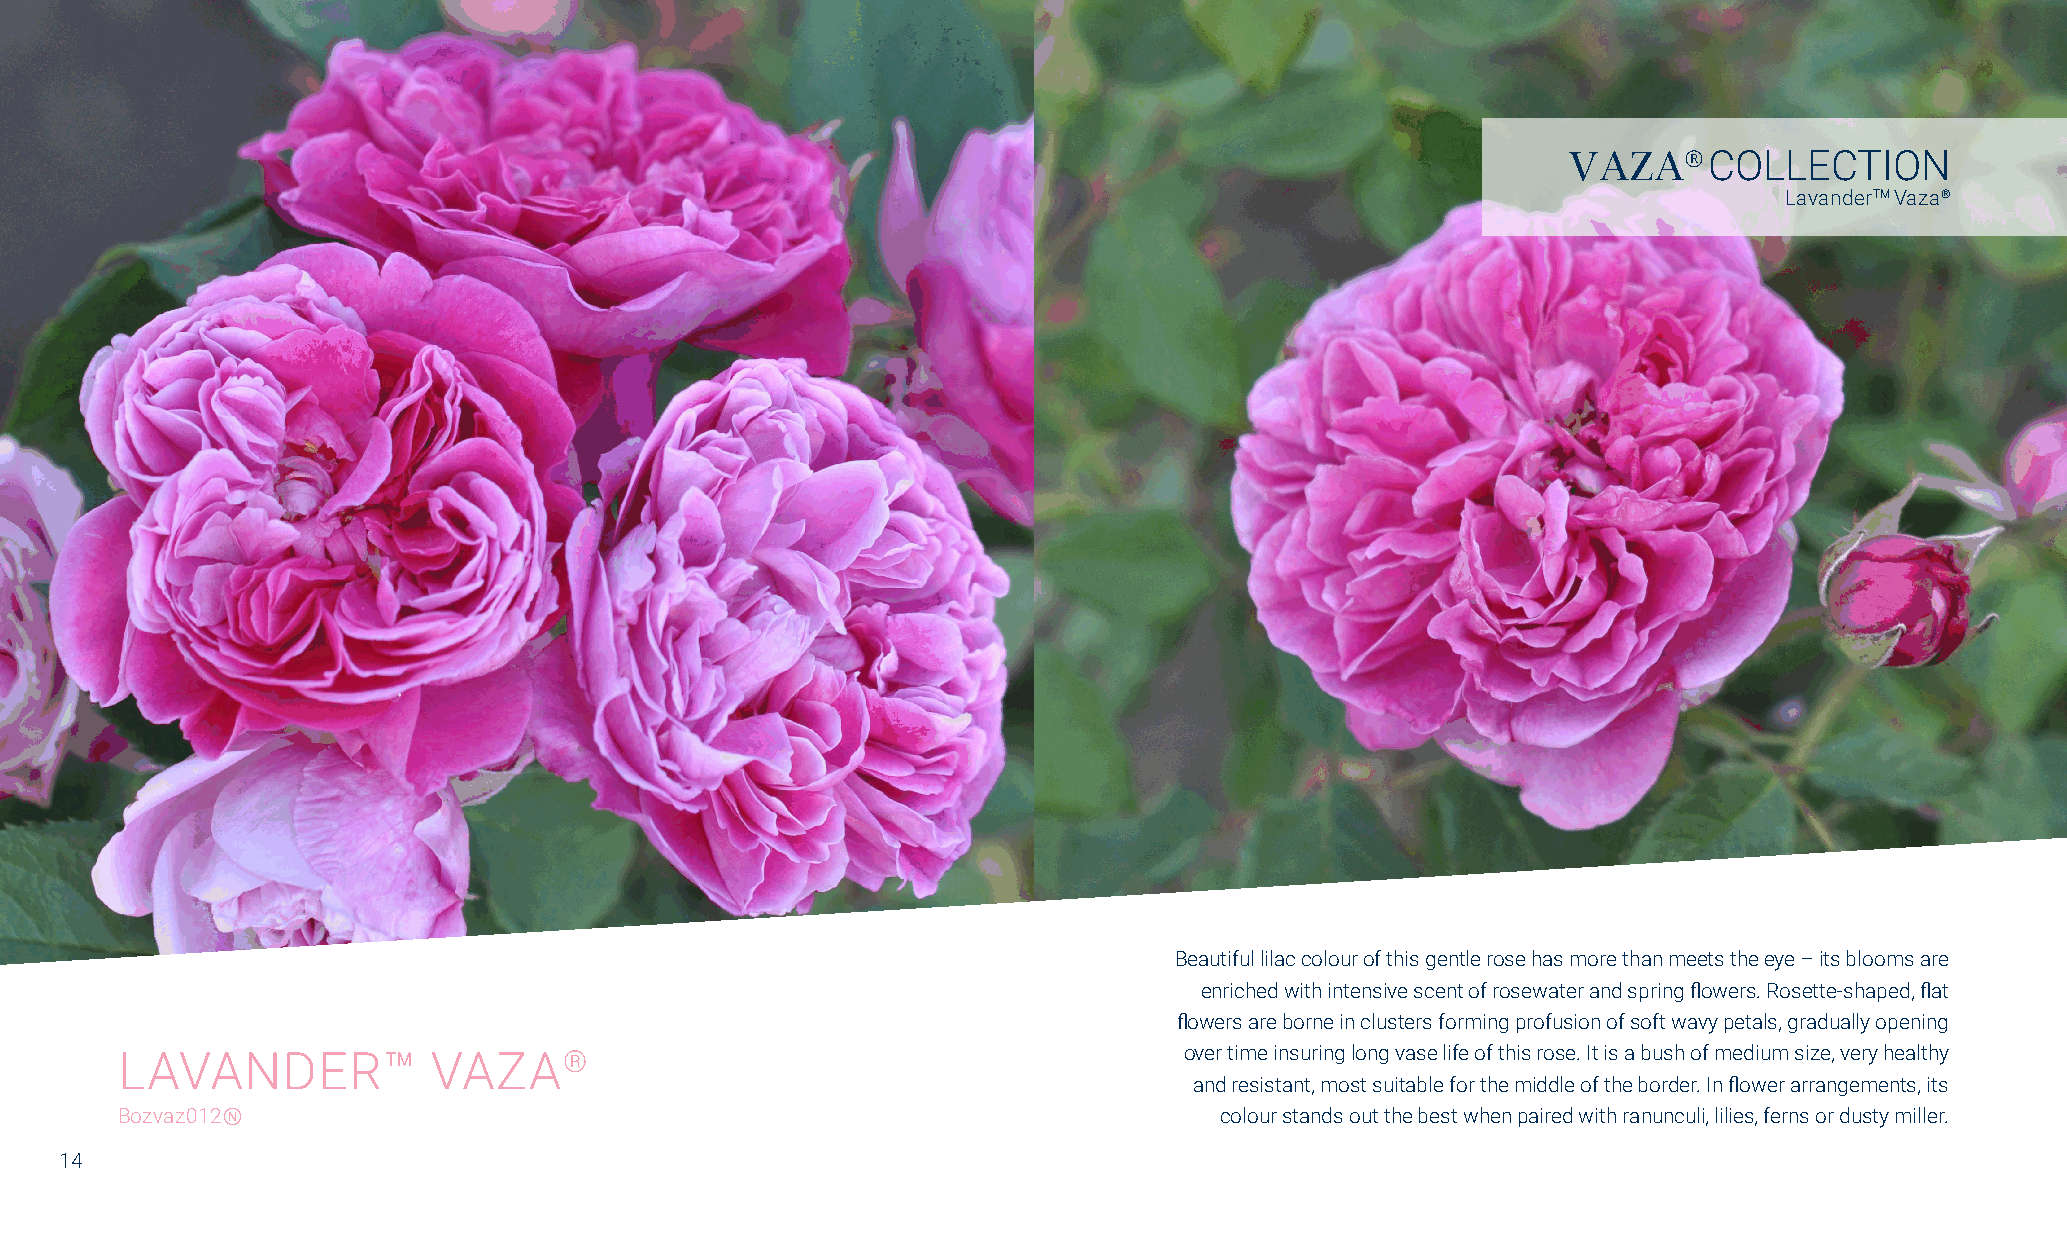
VAZA®    COLLECTION
 LavanderTM Vaza®
 Beautiful lilac colour of this gentle rose has more than meets the eye – its blooms are
 enriched with intensive scent of rosewater and spring flowers. Rosette-shaped, flat
 flowers are borne in clusters forming profusion of soft wavy petals, gradually opening
 LAVANDER™            VAZA®                                            over time insuring long vase life of this rose. It is a bush of medium size, very healthy
 and resistant, most suitable for the middle of the border. In flower arrangements, its
 Bozvaz012Ⓝ                                                               colour stands out the best when paired with ranunculi, lilies, ferns or dusty miller.
 14